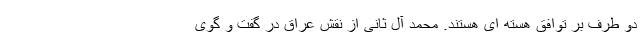
دو طرف بر توافق هسته ای هستند. محمد آل ثانی از نقش عراق در گفت و گوی